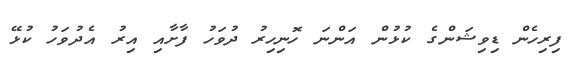
ފިރިހެން ޑިވިޝަންގެ ކުޅުން އަންނަ ހޮނިހިރު ދުވަހު ފާށާއި އިރު އެދުވަހު ކުޅޭ